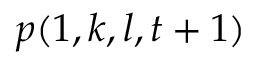
p ( 1 , k , l , t + 1 )